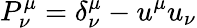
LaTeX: P_{\nu}^{\mu}=\delta_{\nu}^{\mu}-u^{\mu}u_{\nu}